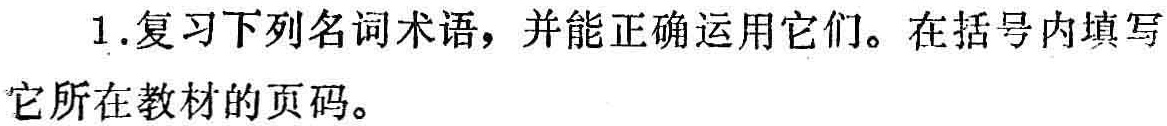
1.复习下列名词术语，并能正确运用它们。在括号内填写它所在教材的页码。